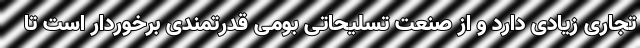
تجاری زیادی دارد و از صنعت تسلیحاتی بومی قدرتمندی برخوردار است تا